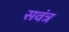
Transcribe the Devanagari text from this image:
सवंत्र